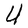
Character: U